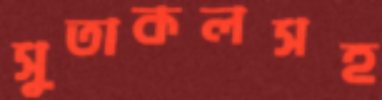
সুতাকলসহ